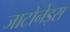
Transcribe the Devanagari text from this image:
जाटोनेड्स